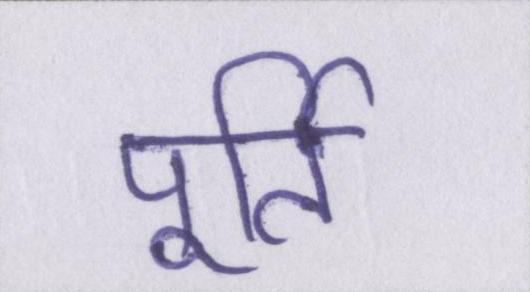
पूर्ति